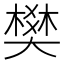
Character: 樊